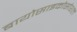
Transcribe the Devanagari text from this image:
बायोसाइकोसोशल